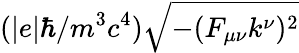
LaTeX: (|e|\hbar/m^{3}c^{4})\sqrt{-(F_{\mu\nu}k^{\nu})^{2}}